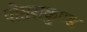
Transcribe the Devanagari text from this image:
पोतराकुण्ड